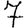
Digit: 7